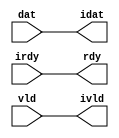

//------> /usr/cadtool/mentor/Catapult/2023.1/Mgc_home/pkgs/siflibs/ccs_in_wait_v1.v 
//------------------------------------------------------------------------------
// Catapult Synthesis - Sample I/O Port Library
//
// Copyright (c) 2003-2017 Mentor Graphics Corp.
//       All Rights Reserved
//
// This document may be used and distributed without restriction provided that
// this copyright statement is not removed from the file and that any derivative
// work contains this copyright notice.
//
// The design information contained in this file is intended to be an example
// of the functionality which the end user may study in preparation for creating
// their own custom interfaces. This design does not necessarily present a 
// complete implementation of the named protocol or standard.
//
//------------------------------------------------------------------------------


module ccs_in_wait_v1 (idat, rdy, ivld, dat, irdy, vld);

  parameter integer rscid = 1;
  parameter integer width = 8;

  output [width-1:0] idat;
  output             rdy;
  output             ivld;
  input  [width-1:0] dat;
  input              irdy;
  input              vld;

  wire   [width-1:0] idat;
  wire               rdy;
  wire               ivld;

  localparam stallOff = 0; 
  wire                  stall_ctrl;
  assign stall_ctrl = stallOff;

  assign idat = dat;
  assign rdy = irdy && !stall_ctrl;
  assign ivld = vld && !stall_ctrl;

endmodule


//------> /usr/cadtool/mentor/Catapult/2023.1/Mgc_home/pkgs/siflibs/ccs_out_wait_v1.v 
//------------------------------------------------------------------------------
// Catapult Synthesis - Sample I/O Port Library
//
// Copyright (c) 2003-2017 Mentor Graphics Corp.
//       All Rights Reserved
//
// This document may be used and distributed without restriction provided that
// this copyright statement is not removed from the file and that any derivative
// work contains this copyright notice.
//
// The design information contained in this file is intended to be an example
// of the functionality which the end user may study in preparation for creating
// their own custom interfaces. This design does not necessarily present a 
// complete implementation of the named protocol or standard.
//
//------------------------------------------------------------------------------


module ccs_out_wait_v1 (dat, irdy, vld, idat, rdy, ivld);

  parameter integer rscid = 1;
  parameter integer width = 8;

  output [width-1:0] dat;
  output             irdy;
  output             vld;
  input  [width-1:0] idat;
  input              rdy;
  input              ivld;

  wire   [width-1:0] dat;
  wire               irdy;
  wire               vld;

  localparam stallOff = 0; 
  wire stall_ctrl;
  assign stall_ctrl = stallOff;

  assign dat = idat;
  assign irdy = rdy && !stall_ctrl;
  assign vld = ivld && !stall_ctrl;

endmodule



//------> /usr/cadtool/mentor/Catapult/2023.1/Mgc_home/pkgs/siflibs/mgc_io_sync_v2.v 
//------------------------------------------------------------------------------
// Catapult Synthesis - Sample I/O Port Library
//
// Copyright (c) 2003-2017 Mentor Graphics Corp.
//       All Rights Reserved
//
// This document may be used and distributed without restriction provided that
// this copyright statement is not removed from the file and that any derivative
// work contains this copyright notice.
//
// The design information contained in this file is intended to be an example
// of the functionality which the end user may study in preparation for creating
// their own custom interfaces. This design does not necessarily present a 
// complete implementation of the named protocol or standard.
//
//------------------------------------------------------------------------------


module mgc_io_sync_v2 (ld, lz);
    parameter valid = 0;

    input  ld;
    output lz;

    wire   lz;

    assign lz = ld;

endmodule


//------> ./rtl.v 
// ----------------------------------------------------------------------
//  HLS HDL:        Verilog Netlister
//  HLS Version:    2023.1/1033555 Production Release
//  HLS Date:       Mon Feb 13 11:32:25 PST 2023
// 
//  Generated by:   m111061545@ws41
//  Generated date: Tue Mar 26 18:25:26 2024
// ----------------------------------------------------------------------

// 
// ------------------------------------------------------------------
//  Design Unit:    fir_ccs_sample_mem_ccs_ram_sync_1R1W_rport_2_8_8_256_256_8_5_gen
// ------------------------------------------------------------------


module fir_ccs_sample_mem_ccs_ram_sync_1R1W_rport_2_8_8_256_256_8_5_gen (
  q, re, radr, radr_d, re_d, q_d, port_0_r_ram_ir_internal_RMASK_B_d
);
  input [7:0] q;
  output re;
  output [7:0] radr;
  input [7:0] radr_d;
  input re_d;
  output [7:0] q_d;
  input port_0_r_ram_ir_internal_RMASK_B_d;



  // Interconnect Declarations for Component Instantiations 
  assign q_d = q;
  assign re = (port_0_r_ram_ir_internal_RMASK_B_d);
  assign radr = (radr_d);
endmodule

// ------------------------------------------------------------------
//  Design Unit:    fir_run_run_fsm
//  FSM Module
// ------------------------------------------------------------------


module fir_run_run_fsm (
  clk, rst, run_wen, fsm_output, SHIFT_C_1_tr0
);
  input clk;
  input rst;
  input run_wen;
  output [4:0] fsm_output;
  reg [4:0] fsm_output;
  input SHIFT_C_1_tr0;


  // FSM State Type Declaration for fir_run_run_fsm_1
  parameter
    run_rlp_C_0 = 3'd0,
    main_C_0 = 3'd1,
    SHIFT_C_0 = 3'd2,
    SHIFT_C_1 = 3'd3,
    main_C_1 = 3'd4;

  reg [2:0] state_var;
  reg [2:0] state_var_NS;


  // Interconnect Declarations for Component Instantiations 
  always @(*)
  begin : fir_run_run_fsm_1
    case (state_var)
      main_C_0 : begin
        fsm_output = 5'b00010;
        state_var_NS = SHIFT_C_0;
      end
      SHIFT_C_0 : begin
        fsm_output = 5'b00100;
        state_var_NS = SHIFT_C_1;
      end
      SHIFT_C_1 : begin
        fsm_output = 5'b01000;
        if ( SHIFT_C_1_tr0 ) begin
          state_var_NS = main_C_1;
        end
        else begin
          state_var_NS = SHIFT_C_0;
        end
      end
      main_C_1 : begin
        fsm_output = 5'b10000;
        state_var_NS = main_C_0;
      end
      // run_rlp_C_0
      default : begin
        fsm_output = 5'b00001;
        state_var_NS = main_C_0;
      end
    endcase
  end

  always @(posedge clk) begin
    if ( rst ) begin
      state_var <= run_rlp_C_0;
    end
    else if ( run_wen ) begin
      state_var <= state_var_NS;
    end
  end

endmodule

// ------------------------------------------------------------------
//  Design Unit:    fir_run_staller
// ------------------------------------------------------------------


module fir_run_staller (
  clk, rst, run_wen, run_wten, input_rsci_wen_comp, coeff_addr_rsci_wen_comp, output_rsci_wen_comp
);
  input clk;
  input rst;
  output run_wen;
  output run_wten;
  input input_rsci_wen_comp;
  input coeff_addr_rsci_wen_comp;
  input output_rsci_wen_comp;


  // Interconnect Declarations
  reg run_wten_reg;


  // Interconnect Declarations for Component Instantiations 
  assign run_wen = input_rsci_wen_comp & coeff_addr_rsci_wen_comp & output_rsci_wen_comp;
  assign run_wten = run_wten_reg;
  always @(posedge clk) begin
    if ( rst ) begin
      run_wten_reg <= 1'b0;
    end
    else begin
      run_wten_reg <= ~ run_wen;
    end
  end
endmodule

// ------------------------------------------------------------------
//  Design Unit:    fir_run_coeffs_triosy_obj_coeffs_triosy_wait_ctrl
// ------------------------------------------------------------------


module fir_run_coeffs_triosy_obj_coeffs_triosy_wait_ctrl (
  run_wten, coeffs_triosy_obj_iswt0, coeffs_triosy_obj_biwt
);
  input run_wten;
  input coeffs_triosy_obj_iswt0;
  output coeffs_triosy_obj_biwt;



  // Interconnect Declarations for Component Instantiations 
  assign coeffs_triosy_obj_biwt = (~ run_wten) & coeffs_triosy_obj_iswt0;
endmodule

// ------------------------------------------------------------------
//  Design Unit:    fir_run_output_rsci_output_wait_ctrl
// ------------------------------------------------------------------


module fir_run_output_rsci_output_wait_ctrl (
  output_rsci_iswt0, output_rsci_biwt, output_rsci_irdy
);
  input output_rsci_iswt0;
  output output_rsci_biwt;
  input output_rsci_irdy;



  // Interconnect Declarations for Component Instantiations 
  assign output_rsci_biwt = output_rsci_iswt0 & output_rsci_irdy;
endmodule

// ------------------------------------------------------------------
//  Design Unit:    fir_run_coeff_addr_rsci_coeff_addr_wait_ctrl
// ------------------------------------------------------------------


module fir_run_coeff_addr_rsci_coeff_addr_wait_ctrl (
  coeff_addr_rsci_iswt0, coeff_addr_rsci_biwt, coeff_addr_rsci_ivld
);
  input coeff_addr_rsci_iswt0;
  output coeff_addr_rsci_biwt;
  input coeff_addr_rsci_ivld;



  // Interconnect Declarations for Component Instantiations 
  assign coeff_addr_rsci_biwt = coeff_addr_rsci_iswt0 & coeff_addr_rsci_ivld;
endmodule

// ------------------------------------------------------------------
//  Design Unit:    fir_run_coeffs_rsci_1_coeffs_rsc_wait_dp
// ------------------------------------------------------------------


module fir_run_coeffs_rsci_1_coeffs_rsc_wait_dp (
  clk, rst, coeffs_rsci_q_d, coeffs_rsci_q_d_mxwt, coeffs_rsci_biwt, coeffs_rsci_bdwt
);
  input clk;
  input rst;
  input [7:0] coeffs_rsci_q_d;
  output [7:0] coeffs_rsci_q_d_mxwt;
  input coeffs_rsci_biwt;
  input coeffs_rsci_bdwt;


  // Interconnect Declarations
  reg coeffs_rsci_bcwt;
  reg [7:0] coeffs_rsci_q_d_bfwt;


  // Interconnect Declarations for Component Instantiations 
  assign coeffs_rsci_q_d_mxwt = MUX_v_8_2_2(coeffs_rsci_q_d, coeffs_rsci_q_d_bfwt,
      coeffs_rsci_bcwt);
  always @(posedge clk) begin
    if ( rst ) begin
      coeffs_rsci_bcwt <= 1'b0;
    end
    else begin
      coeffs_rsci_bcwt <= ~((~(coeffs_rsci_bcwt | coeffs_rsci_biwt)) | coeffs_rsci_bdwt);
    end
  end
  always @(posedge clk) begin
    if ( rst ) begin
      coeffs_rsci_q_d_bfwt <= 8'b00000000;
    end
    else if ( coeffs_rsci_biwt ) begin
      coeffs_rsci_q_d_bfwt <= coeffs_rsci_q_d;
    end
  end

  function automatic [7:0] MUX_v_8_2_2;
    input [7:0] input_0;
    input [7:0] input_1;
    input  sel;
    reg [7:0] result;
  begin
    case (sel)
      1'b0 : begin
        result = input_0;
      end
      default : begin
        result = input_1;
      end
    endcase
    MUX_v_8_2_2 = result;
  end
  endfunction

endmodule

// ------------------------------------------------------------------
//  Design Unit:    fir_run_coeffs_rsci_1_coeffs_rsc_wait_ctrl
// ------------------------------------------------------------------


module fir_run_coeffs_rsci_1_coeffs_rsc_wait_ctrl (
  run_wen, run_wten, coeffs_rsci_oswt, coeffs_rsci_biwt, coeffs_rsci_bdwt, coeffs_rsci_biwt_pff,
      coeffs_rsci_oswt_pff
);
  input run_wen;
  input run_wten;
  input coeffs_rsci_oswt;
  output coeffs_rsci_biwt;
  output coeffs_rsci_bdwt;
  output coeffs_rsci_biwt_pff;
  input coeffs_rsci_oswt_pff;



  // Interconnect Declarations for Component Instantiations 
  assign coeffs_rsci_bdwt = coeffs_rsci_oswt & run_wen;
  assign coeffs_rsci_biwt = (~ run_wten) & coeffs_rsci_oswt;
  assign coeffs_rsci_biwt_pff = run_wen & coeffs_rsci_oswt_pff;
endmodule

// ------------------------------------------------------------------
//  Design Unit:    fir_run_input_rsci_input_wait_ctrl
// ------------------------------------------------------------------


module fir_run_input_rsci_input_wait_ctrl (
  input_rsci_iswt0, input_rsci_biwt, input_rsci_ivld
);
  input input_rsci_iswt0;
  output input_rsci_biwt;
  input input_rsci_ivld;



  // Interconnect Declarations for Component Instantiations 
  assign input_rsci_biwt = input_rsci_iswt0 & input_rsci_ivld;
endmodule

// ------------------------------------------------------------------
//  Design Unit:    fir_run_coeffs_triosy_obj
// ------------------------------------------------------------------


module fir_run_coeffs_triosy_obj (
  coeffs_triosy_lz, run_wten, coeffs_triosy_obj_iswt0
);
  output coeffs_triosy_lz;
  input run_wten;
  input coeffs_triosy_obj_iswt0;


  // Interconnect Declarations
  wire coeffs_triosy_obj_biwt;


  // Interconnect Declarations for Component Instantiations 
  mgc_io_sync_v2 #(.valid(32'sd0)) coeffs_triosy_obj (
      .ld(coeffs_triosy_obj_biwt),
      .lz(coeffs_triosy_lz)
    );
  fir_run_coeffs_triosy_obj_coeffs_triosy_wait_ctrl fir_run_coeffs_triosy_obj_coeffs_triosy_wait_ctrl_inst
      (
      .run_wten(run_wten),
      .coeffs_triosy_obj_iswt0(coeffs_triosy_obj_iswt0),
      .coeffs_triosy_obj_biwt(coeffs_triosy_obj_biwt)
    );
endmodule

// ------------------------------------------------------------------
//  Design Unit:    fir_run_output_rsci
// ------------------------------------------------------------------


module fir_run_output_rsci (
  output_rsc_dat, output_rsc_vld, output_rsc_rdy, output_rsci_oswt, output_rsci_wen_comp,
      output_rsci_idat
);
  output [7:0] output_rsc_dat;
  output output_rsc_vld;
  input output_rsc_rdy;
  input output_rsci_oswt;
  output output_rsci_wen_comp;
  input [7:0] output_rsci_idat;


  // Interconnect Declarations
  wire output_rsci_biwt;
  wire output_rsci_irdy;


  // Interconnect Declarations for Component Instantiations 
  ccs_out_wait_v1 #(.rscid(32'sd4),
  .width(32'sd8)) output_rsci (
      .irdy(output_rsci_irdy),
      .ivld(output_rsci_oswt),
      .idat(output_rsci_idat),
      .rdy(output_rsc_rdy),
      .vld(output_rsc_vld),
      .dat(output_rsc_dat)
    );
  fir_run_output_rsci_output_wait_ctrl fir_run_output_rsci_output_wait_ctrl_inst
      (
      .output_rsci_iswt0(output_rsci_oswt),
      .output_rsci_biwt(output_rsci_biwt),
      .output_rsci_irdy(output_rsci_irdy)
    );
  assign output_rsci_wen_comp = (~ output_rsci_oswt) | output_rsci_biwt;
endmodule

// ------------------------------------------------------------------
//  Design Unit:    fir_run_coeff_addr_rsci
// ------------------------------------------------------------------


module fir_run_coeff_addr_rsci (
  coeff_addr_rsc_dat, coeff_addr_rsc_vld, coeff_addr_rsc_rdy, coeff_addr_rsci_oswt,
      coeff_addr_rsci_wen_comp, coeff_addr_rsci_idat_mxwt
);
  input [4:0] coeff_addr_rsc_dat;
  input coeff_addr_rsc_vld;
  output coeff_addr_rsc_rdy;
  input coeff_addr_rsci_oswt;
  output coeff_addr_rsci_wen_comp;
  output [4:0] coeff_addr_rsci_idat_mxwt;


  // Interconnect Declarations
  wire coeff_addr_rsci_biwt;
  wire coeff_addr_rsci_ivld;
  wire [4:0] coeff_addr_rsci_idat;


  // Interconnect Declarations for Component Instantiations 
  ccs_in_wait_v1 #(.rscid(32'sd3),
  .width(32'sd5)) coeff_addr_rsci (
      .rdy(coeff_addr_rsc_rdy),
      .vld(coeff_addr_rsc_vld),
      .dat(coeff_addr_rsc_dat),
      .irdy(coeff_addr_rsci_oswt),
      .ivld(coeff_addr_rsci_ivld),
      .idat(coeff_addr_rsci_idat)
    );
  fir_run_coeff_addr_rsci_coeff_addr_wait_ctrl fir_run_coeff_addr_rsci_coeff_addr_wait_ctrl_inst
      (
      .coeff_addr_rsci_iswt0(coeff_addr_rsci_oswt),
      .coeff_addr_rsci_biwt(coeff_addr_rsci_biwt),
      .coeff_addr_rsci_ivld(coeff_addr_rsci_ivld)
    );
  assign coeff_addr_rsci_idat_mxwt = coeff_addr_rsci_idat;
  assign coeff_addr_rsci_wen_comp = (~ coeff_addr_rsci_oswt) | coeff_addr_rsci_biwt;
endmodule

// ------------------------------------------------------------------
//  Design Unit:    fir_run_coeffs_rsci_1
// ------------------------------------------------------------------


module fir_run_coeffs_rsci_1 (
  clk, rst, coeffs_rsci_q_d, run_wen, run_wten, coeffs_rsci_oswt, coeffs_rsci_q_d_mxwt,
      coeffs_rsci_re_d_pff, coeffs_rsci_oswt_pff
);
  input clk;
  input rst;
  input [7:0] coeffs_rsci_q_d;
  input run_wen;
  input run_wten;
  input coeffs_rsci_oswt;
  output [7:0] coeffs_rsci_q_d_mxwt;
  output coeffs_rsci_re_d_pff;
  input coeffs_rsci_oswt_pff;


  // Interconnect Declarations
  wire coeffs_rsci_biwt;
  wire coeffs_rsci_bdwt;
  wire coeffs_rsci_biwt_iff;


  // Interconnect Declarations for Component Instantiations 
  fir_run_coeffs_rsci_1_coeffs_rsc_wait_ctrl fir_run_coeffs_rsci_1_coeffs_rsc_wait_ctrl_inst
      (
      .run_wen(run_wen),
      .run_wten(run_wten),
      .coeffs_rsci_oswt(coeffs_rsci_oswt),
      .coeffs_rsci_biwt(coeffs_rsci_biwt),
      .coeffs_rsci_bdwt(coeffs_rsci_bdwt),
      .coeffs_rsci_biwt_pff(coeffs_rsci_biwt_iff),
      .coeffs_rsci_oswt_pff(coeffs_rsci_oswt_pff)
    );
  fir_run_coeffs_rsci_1_coeffs_rsc_wait_dp fir_run_coeffs_rsci_1_coeffs_rsc_wait_dp_inst
      (
      .clk(clk),
      .rst(rst),
      .coeffs_rsci_q_d(coeffs_rsci_q_d),
      .coeffs_rsci_q_d_mxwt(coeffs_rsci_q_d_mxwt),
      .coeffs_rsci_biwt(coeffs_rsci_biwt),
      .coeffs_rsci_bdwt(coeffs_rsci_bdwt)
    );
  assign coeffs_rsci_re_d_pff = coeffs_rsci_biwt_iff;
endmodule

// ------------------------------------------------------------------
//  Design Unit:    fir_run_input_rsci
// ------------------------------------------------------------------


module fir_run_input_rsci (
  input_rsc_dat, input_rsc_vld, input_rsc_rdy, input_rsci_oswt, input_rsci_wen_comp,
      input_rsci_idat_mxwt
);
  input [7:0] input_rsc_dat;
  input input_rsc_vld;
  output input_rsc_rdy;
  input input_rsci_oswt;
  output input_rsci_wen_comp;
  output [7:0] input_rsci_idat_mxwt;


  // Interconnect Declarations
  wire input_rsci_biwt;
  wire input_rsci_ivld;
  wire [7:0] input_rsci_idat;


  // Interconnect Declarations for Component Instantiations 
  ccs_in_wait_v1 #(.rscid(32'sd1),
  .width(32'sd8)) input_rsci (
      .rdy(input_rsc_rdy),
      .vld(input_rsc_vld),
      .dat(input_rsc_dat),
      .irdy(input_rsci_oswt),
      .ivld(input_rsci_ivld),
      .idat(input_rsci_idat)
    );
  fir_run_input_rsci_input_wait_ctrl fir_run_input_rsci_input_wait_ctrl_inst (
      .input_rsci_iswt0(input_rsci_oswt),
      .input_rsci_biwt(input_rsci_biwt),
      .input_rsci_ivld(input_rsci_ivld)
    );
  assign input_rsci_idat_mxwt = input_rsci_idat;
  assign input_rsci_wen_comp = (~ input_rsci_oswt) | input_rsci_biwt;
endmodule

// ------------------------------------------------------------------
//  Design Unit:    fir_run
// ------------------------------------------------------------------


module fir_run (
  clk, rst, input_rsc_dat, input_rsc_vld, input_rsc_rdy, coeffs_triosy_lz, coeff_addr_rsc_dat,
      coeff_addr_rsc_vld, coeff_addr_rsc_rdy, output_rsc_dat, output_rsc_vld, output_rsc_rdy,
      coeffs_rsci_radr_d, coeffs_rsci_q_d, coeffs_rsci_re_d_pff
);
  input clk;
  input rst;
  input [7:0] input_rsc_dat;
  input input_rsc_vld;
  output input_rsc_rdy;
  output coeffs_triosy_lz;
  input [4:0] coeff_addr_rsc_dat;
  input coeff_addr_rsc_vld;
  output coeff_addr_rsc_rdy;
  output [7:0] output_rsc_dat;
  output output_rsc_vld;
  input output_rsc_rdy;
  output [7:0] coeffs_rsci_radr_d;
  input [7:0] coeffs_rsci_q_d;
  output coeffs_rsci_re_d_pff;


  // Interconnect Declarations
  wire run_wen;
  wire run_wten;
  wire input_rsci_wen_comp;
  wire [7:0] input_rsci_idat_mxwt;
  wire [7:0] coeffs_rsci_q_d_mxwt;
  wire coeff_addr_rsci_wen_comp;
  wire [4:0] coeff_addr_rsci_idat_mxwt;
  wire output_rsci_wen_comp;
  reg [7:0] output_rsci_idat;
  wire [4:0] fsm_output;
  wire SHIFT_and_tmp;
  wire or_dcpl_5;
  wire or_dcpl_7;
  wire or_dcpl_11;
  wire or_dcpl_13;
  reg [2:0] SHIFT_i_3_0_sva_2_0;
  reg [3:0] SHIFT_i_3_0_sva_1;
  wire [4:0] nl_SHIFT_i_3_0_sva_1;
  reg reg_coeffs_triosy_obj_iswt0_cse;
  reg reg_coeff_addr_rsci_iswt0_cse;
  reg reg_coeffs_rsci_iswt0_cse;
  reg reg_input_rsci_iswt0_cse;
  wire temp_and_cse;
  wire coeffs_rsci_re_d_iff;
  reg [4:0] addr_sva;
  reg [2:0] MAC_i_3_0_sva_2_0;
  wire [7:0] z_out;
  reg [7:0] regs_0_lpi_2;
  reg [7:0] regs_3_lpi_2;
  reg [7:0] regs_4_lpi_2;
  reg [7:0] regs_2_lpi_2;
  reg [7:0] regs_5_lpi_2;
  reg [7:0] regs_1_lpi_2;
  reg [7:0] regs_6_lpi_2;
  reg [7:0] regs_7_lpi_2;
  reg [18:0] temp_sva;
  reg [3:0] MAC_i_3_0_sva_1;
  wire [4:0] nl_MAC_i_3_0_sva_1;
  wire [18:0] temp_sva_2;
  wire [19:0] nl_temp_sva_2;

  wire not_37_nl;
  wire temp_not_1_nl;
  wire not_38_nl;
  wire[15:0] MAC_mul_nl;
  wire[2:0] MAC_mux_1_nl;
  wire[2:0] SHIFT_else_acc_2_nl;
  wire[3:0] nl_SHIFT_else_acc_2_nl;

  // Interconnect Declarations for Component Instantiations 
  wire  nl_fir_run_coeffs_rsci_1_inst_coeffs_rsci_oswt_pff;
  assign nl_fir_run_coeffs_rsci_1_inst_coeffs_rsci_oswt_pff = fsm_output[2];
  fir_run_input_rsci fir_run_input_rsci_inst (
      .input_rsc_dat(input_rsc_dat),
      .input_rsc_vld(input_rsc_vld),
      .input_rsc_rdy(input_rsc_rdy),
      .input_rsci_oswt(reg_input_rsci_iswt0_cse),
      .input_rsci_wen_comp(input_rsci_wen_comp),
      .input_rsci_idat_mxwt(input_rsci_idat_mxwt)
    );
  fir_run_coeffs_rsci_1 fir_run_coeffs_rsci_1_inst (
      .clk(clk),
      .rst(rst),
      .coeffs_rsci_q_d(coeffs_rsci_q_d),
      .run_wen(run_wen),
      .run_wten(run_wten),
      .coeffs_rsci_oswt(reg_coeffs_rsci_iswt0_cse),
      .coeffs_rsci_q_d_mxwt(coeffs_rsci_q_d_mxwt),
      .coeffs_rsci_re_d_pff(coeffs_rsci_re_d_iff),
      .coeffs_rsci_oswt_pff(nl_fir_run_coeffs_rsci_1_inst_coeffs_rsci_oswt_pff)
    );
  fir_run_coeff_addr_rsci fir_run_coeff_addr_rsci_inst (
      .coeff_addr_rsc_dat(coeff_addr_rsc_dat),
      .coeff_addr_rsc_vld(coeff_addr_rsc_vld),
      .coeff_addr_rsc_rdy(coeff_addr_rsc_rdy),
      .coeff_addr_rsci_oswt(reg_coeff_addr_rsci_iswt0_cse),
      .coeff_addr_rsci_wen_comp(coeff_addr_rsci_wen_comp),
      .coeff_addr_rsci_idat_mxwt(coeff_addr_rsci_idat_mxwt)
    );
  fir_run_output_rsci fir_run_output_rsci_inst (
      .output_rsc_dat(output_rsc_dat),
      .output_rsc_vld(output_rsc_vld),
      .output_rsc_rdy(output_rsc_rdy),
      .output_rsci_oswt(reg_coeffs_triosy_obj_iswt0_cse),
      .output_rsci_wen_comp(output_rsci_wen_comp),
      .output_rsci_idat(output_rsci_idat)
    );
  fir_run_coeffs_triosy_obj fir_run_coeffs_triosy_obj_inst (
      .coeffs_triosy_lz(coeffs_triosy_lz),
      .run_wten(run_wten),
      .coeffs_triosy_obj_iswt0(reg_coeffs_triosy_obj_iswt0_cse)
    );
  fir_run_staller fir_run_staller_inst (
      .clk(clk),
      .rst(rst),
      .run_wen(run_wen),
      .run_wten(run_wten),
      .input_rsci_wen_comp(input_rsci_wen_comp),
      .coeff_addr_rsci_wen_comp(coeff_addr_rsci_wen_comp),
      .output_rsci_wen_comp(output_rsci_wen_comp)
    );
  fir_run_run_fsm fir_run_run_fsm_inst (
      .clk(clk),
      .rst(rst),
      .run_wen(run_wen),
      .fsm_output(fsm_output),
      .SHIFT_C_1_tr0(SHIFT_and_tmp)
    );
  assign temp_and_cse = run_wen & ((fsm_output[3]) | (fsm_output[1]));
  assign MAC_mul_nl = $signed((coeffs_rsci_q_d_mxwt)) * $signed(z_out);
  assign nl_temp_sva_2 = temp_sva + conv_s2s_16_19(MAC_mul_nl);
  assign temp_sva_2 = nl_temp_sva_2[18:0];
  assign SHIFT_and_tmp = (SHIFT_i_3_0_sva_1[3]) & (MAC_i_3_0_sva_1[3]);
  assign or_dcpl_5 = (SHIFT_i_3_0_sva_2_0[2]) | (SHIFT_i_3_0_sva_2_0[0]);
  assign or_dcpl_7 = (SHIFT_i_3_0_sva_2_0[2]) | (~ (SHIFT_i_3_0_sva_2_0[0]));
  assign or_dcpl_11 = (~ (SHIFT_i_3_0_sva_2_0[2])) | (SHIFT_i_3_0_sva_2_0[0]);
  assign or_dcpl_13 = ~((SHIFT_i_3_0_sva_2_0[2]) & (SHIFT_i_3_0_sva_2_0[0]));
  assign coeffs_rsci_radr_d = {addr_sva , MAC_i_3_0_sva_2_0};
  assign coeffs_rsci_re_d_pff = coeffs_rsci_re_d_iff;
  always @(posedge clk) begin
    if ( rst ) begin
      reg_coeffs_triosy_obj_iswt0_cse <= 1'b0;
      reg_coeff_addr_rsci_iswt0_cse <= 1'b0;
      reg_coeffs_rsci_iswt0_cse <= 1'b0;
      reg_input_rsci_iswt0_cse <= 1'b0;
      SHIFT_i_3_0_sva_2_0 <= 3'b000;
      SHIFT_i_3_0_sva_1 <= 4'b0000;
      MAC_i_3_0_sva_1 <= 4'b0000;
    end
    else if ( run_wen ) begin
      reg_coeffs_triosy_obj_iswt0_cse <= SHIFT_and_tmp & (fsm_output[3]);
      reg_coeff_addr_rsci_iswt0_cse <= (fsm_output[4]) | (fsm_output[0]);
      reg_coeffs_rsci_iswt0_cse <= fsm_output[2];
      reg_input_rsci_iswt0_cse <= (~((SHIFT_i_3_0_sva_1[0]) | SHIFT_and_tmp)) & (SHIFT_i_3_0_sva_1[2:1]==2'b00)
          & (fsm_output[3]);
      SHIFT_i_3_0_sva_2_0 <= MUX_v_3_2_2((SHIFT_i_3_0_sva_1[2:0]), 3'b111, not_37_nl);
      SHIFT_i_3_0_sva_1 <= nl_SHIFT_i_3_0_sva_1[3:0];
      MAC_i_3_0_sva_1 <= nl_MAC_i_3_0_sva_1[3:0];
    end
  end
  always @(posedge clk) begin
    if ( rst ) begin
      output_rsci_idat <= 8'b00000000;
    end
    else if ( run_wen & SHIFT_and_tmp & (fsm_output[3]) ) begin
      output_rsci_idat <= temp_sva_2[18:11];
    end
  end
  always @(posedge clk) begin
    if ( rst ) begin
      regs_0_lpi_2 <= 8'b00000000;
    end
    else if ( run_wen & (~((~ (fsm_output[2])) | or_dcpl_5 | (SHIFT_i_3_0_sva_2_0[1])))
        ) begin
      regs_0_lpi_2 <= input_rsci_idat_mxwt;
    end
  end
  always @(posedge clk) begin
    if ( rst ) begin
      regs_1_lpi_2 <= 8'b00000000;
    end
    else if ( run_wen & (~((~ (fsm_output[2])) | or_dcpl_7 | (SHIFT_i_3_0_sva_2_0[1])))
        ) begin
      regs_1_lpi_2 <= z_out;
    end
  end
  always @(posedge clk) begin
    if ( rst ) begin
      regs_2_lpi_2 <= 8'b00000000;
    end
    else if ( run_wen & (~((~ (fsm_output[2])) | or_dcpl_5 | (~ (SHIFT_i_3_0_sva_2_0[1]))))
        ) begin
      regs_2_lpi_2 <= z_out;
    end
  end
  always @(posedge clk) begin
    if ( rst ) begin
      regs_3_lpi_2 <= 8'b00000000;
    end
    else if ( run_wen & (~((~ (fsm_output[2])) | or_dcpl_7 | (~ (SHIFT_i_3_0_sva_2_0[1]))))
        ) begin
      regs_3_lpi_2 <= z_out;
    end
  end
  always @(posedge clk) begin
    if ( rst ) begin
      regs_4_lpi_2 <= 8'b00000000;
    end
    else if ( run_wen & (~((~ (fsm_output[2])) | or_dcpl_11 | (SHIFT_i_3_0_sva_2_0[1])))
        ) begin
      regs_4_lpi_2 <= z_out;
    end
  end
  always @(posedge clk) begin
    if ( rst ) begin
      regs_5_lpi_2 <= 8'b00000000;
    end
    else if ( run_wen & (~((~ (fsm_output[2])) | or_dcpl_13 | (SHIFT_i_3_0_sva_2_0[1])))
        ) begin
      regs_5_lpi_2 <= z_out;
    end
  end
  always @(posedge clk) begin
    if ( rst ) begin
      regs_6_lpi_2 <= 8'b00000000;
    end
    else if ( run_wen & (~((~ (fsm_output[2])) | or_dcpl_11 | (~ (SHIFT_i_3_0_sva_2_0[1]))))
        ) begin
      regs_6_lpi_2 <= z_out;
    end
  end
  always @(posedge clk) begin
    if ( rst ) begin
      regs_7_lpi_2 <= 8'b00000000;
    end
    else if ( run_wen & (~((fsm_output[3]) | ((or_dcpl_13 | (~ (SHIFT_i_3_0_sva_2_0[1])))
        & (fsm_output[2])))) ) begin
      regs_7_lpi_2 <= z_out;
    end
  end
  always @(posedge clk) begin
    if ( rst ) begin
      temp_sva <= 19'b0000000000000000000;
      MAC_i_3_0_sva_2_0 <= 3'b000;
    end
    else if ( temp_and_cse ) begin
      temp_sva <= MUX_v_19_2_2(19'b0000000000000000000, temp_sva_2, temp_not_1_nl);
      MAC_i_3_0_sva_2_0 <= MUX_v_3_2_2((MAC_i_3_0_sva_1[2:0]), 3'b111, not_38_nl);
    end
  end
  always @(posedge clk) begin
    if ( rst ) begin
      addr_sva <= 5'b00000;
    end
    else if ( run_wen & (fsm_output[3:2]==2'b00) ) begin
      addr_sva <= coeff_addr_rsci_idat_mxwt;
    end
  end
  assign not_37_nl = ~ (fsm_output[3]);
  assign nl_SHIFT_i_3_0_sva_1  = conv_u2s_3_4(SHIFT_i_3_0_sva_2_0) + 4'b1111;
  assign nl_MAC_i_3_0_sva_1  = conv_u2s_3_4(MAC_i_3_0_sva_2_0) + 4'b1111;
  assign temp_not_1_nl = ~ (fsm_output[1]);
  assign not_38_nl = ~ (fsm_output[3]);
  assign nl_SHIFT_else_acc_2_nl = SHIFT_i_3_0_sva_2_0 + 3'b111;
  assign SHIFT_else_acc_2_nl = nl_SHIFT_else_acc_2_nl[2:0];
  assign MAC_mux_1_nl = MUX_v_3_2_2(MAC_i_3_0_sva_2_0, SHIFT_else_acc_2_nl, fsm_output[2]);
  assign z_out = MUX_v_8_8_2(regs_0_lpi_2, regs_1_lpi_2, regs_2_lpi_2, regs_3_lpi_2,
      regs_4_lpi_2, regs_5_lpi_2, regs_6_lpi_2, regs_7_lpi_2, MAC_mux_1_nl);

  function automatic [18:0] MUX_v_19_2_2;
    input [18:0] input_0;
    input [18:0] input_1;
    input  sel;
    reg [18:0] result;
  begin
    case (sel)
      1'b0 : begin
        result = input_0;
      end
      default : begin
        result = input_1;
      end
    endcase
    MUX_v_19_2_2 = result;
  end
  endfunction


  function automatic [2:0] MUX_v_3_2_2;
    input [2:0] input_0;
    input [2:0] input_1;
    input  sel;
    reg [2:0] result;
  begin
    case (sel)
      1'b0 : begin
        result = input_0;
      end
      default : begin
        result = input_1;
      end
    endcase
    MUX_v_3_2_2 = result;
  end
  endfunction


  function automatic [7:0] MUX_v_8_8_2;
    input [7:0] input_0;
    input [7:0] input_1;
    input [7:0] input_2;
    input [7:0] input_3;
    input [7:0] input_4;
    input [7:0] input_5;
    input [7:0] input_6;
    input [7:0] input_7;
    input [2:0] sel;
    reg [7:0] result;
  begin
    case (sel)
      3'b000 : begin
        result = input_0;
      end
      3'b001 : begin
        result = input_1;
      end
      3'b010 : begin
        result = input_2;
      end
      3'b011 : begin
        result = input_3;
      end
      3'b100 : begin
        result = input_4;
      end
      3'b101 : begin
        result = input_5;
      end
      3'b110 : begin
        result = input_6;
      end
      default : begin
        result = input_7;
      end
    endcase
    MUX_v_8_8_2 = result;
  end
  endfunction


  function automatic [18:0] conv_s2s_16_19 ;
    input [15:0]  vector ;
  begin
    conv_s2s_16_19 = {{3{vector[15]}}, vector};
  end
  endfunction


  function automatic [3:0] conv_u2s_3_4 ;
    input [2:0]  vector ;
  begin
    conv_u2s_3_4 =  {1'b0, vector};
  end
  endfunction

endmodule

// ------------------------------------------------------------------
//  Design Unit:    fir
// ------------------------------------------------------------------


module fir (
  clk, rst, input_rsc_dat, input_rsc_vld, input_rsc_rdy, coeffs_rsc_radr, coeffs_rsc_re,
      coeffs_rsc_q, coeffs_triosy_lz, coeff_addr_rsc_dat, coeff_addr_rsc_vld, coeff_addr_rsc_rdy,
      output_rsc_dat, output_rsc_vld, output_rsc_rdy
);
  input clk;
  input rst;
  input [7:0] input_rsc_dat;
  input input_rsc_vld;
  output input_rsc_rdy;
  output [7:0] coeffs_rsc_radr;
  output coeffs_rsc_re;
  input [7:0] coeffs_rsc_q;
  output coeffs_triosy_lz;
  input [4:0] coeff_addr_rsc_dat;
  input coeff_addr_rsc_vld;
  output coeff_addr_rsc_rdy;
  output [7:0] output_rsc_dat;
  output output_rsc_vld;
  input output_rsc_rdy;


  // Interconnect Declarations
  wire [7:0] coeffs_rsci_radr_d;
  wire [7:0] coeffs_rsci_q_d;
  wire coeffs_rsci_re_d_iff;


  // Interconnect Declarations for Component Instantiations 
  fir_ccs_sample_mem_ccs_ram_sync_1R1W_rport_2_8_8_256_256_8_5_gen coeffs_rsci (
      .q(coeffs_rsc_q),
      .re(coeffs_rsc_re),
      .radr(coeffs_rsc_radr),
      .radr_d(coeffs_rsci_radr_d),
      .re_d(coeffs_rsci_re_d_iff),
      .q_d(coeffs_rsci_q_d),
      .port_0_r_ram_ir_internal_RMASK_B_d(coeffs_rsci_re_d_iff)
    );
  fir_run fir_run_inst (
      .clk(clk),
      .rst(rst),
      .input_rsc_dat(input_rsc_dat),
      .input_rsc_vld(input_rsc_vld),
      .input_rsc_rdy(input_rsc_rdy),
      .coeffs_triosy_lz(coeffs_triosy_lz),
      .coeff_addr_rsc_dat(coeff_addr_rsc_dat),
      .coeff_addr_rsc_vld(coeff_addr_rsc_vld),
      .coeff_addr_rsc_rdy(coeff_addr_rsc_rdy),
      .output_rsc_dat(output_rsc_dat),
      .output_rsc_vld(output_rsc_vld),
      .output_rsc_rdy(output_rsc_rdy),
      .coeffs_rsci_radr_d(coeffs_rsci_radr_d),
      .coeffs_rsci_q_d(coeffs_rsci_q_d),
      .coeffs_rsci_re_d_pff(coeffs_rsci_re_d_iff)
    );
endmodule